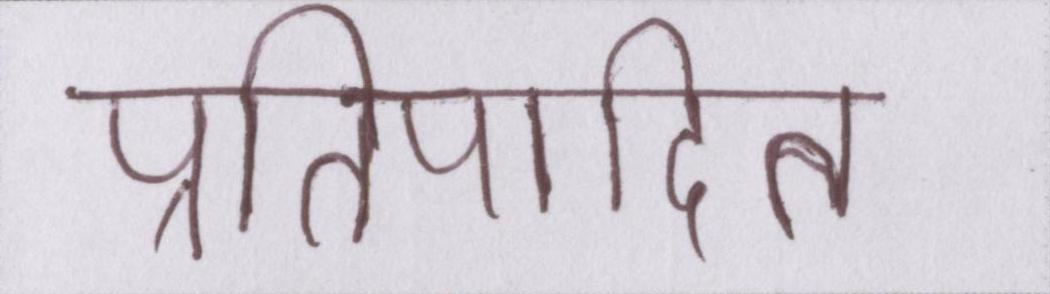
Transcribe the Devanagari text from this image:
प्रतिपादित